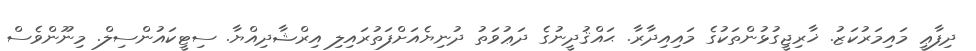
ދިފާޢީ މައިމަރުކަޒު. ޚާރިޖީގުޅުންތަކުގެ މައިއިދާރާ. ޙައްޤުދީނުގެ ދަޢުވަތު ދުނިޔެއަށްފަތުރައިލި އިރްޝާދިއްޔާ. ސިޓީކައުންސިލް. މިނޫންވެސް